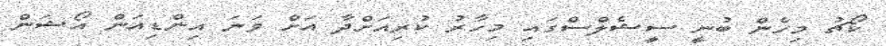
ކޯޗު މިހެން ބުނީ ސީޝެލްސްގައި މިހާރު ކުރިއަށްދާ އަށް ވަނަ އިންޑިއަން އޯޝަން